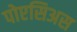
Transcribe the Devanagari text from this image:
पोएसिअस